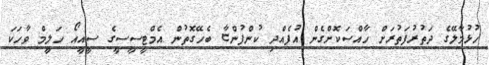
ހުޅުމާލޭގެ ދަތުރުފަތުރަށް ހާއްސަކޮށްގެން އުފެއްދި ކުންފުންޏާ ބެހޭގޮތުން އެމްޓީސީސީގެ ސީއީއޯ ހަލީމް ވާހަކަ